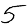
Digit: 5